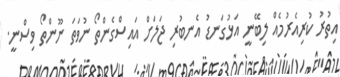
އިތުރު ކުރިއެރުމެއް ލިބޭނީ އަޅުގަނޑު އެނބުރި ޖަލަށް އައިސްގެންތޯ ނުވަތަ ނޫންތޯ ވިސްނީ.